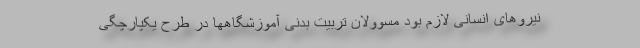
نیروهای انسانی لازم بود مسوولان تربیت بدنی آموزشگاهها در طرح یکپارچگی